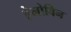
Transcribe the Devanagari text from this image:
हेलोविन